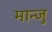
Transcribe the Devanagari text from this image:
मान्जु